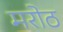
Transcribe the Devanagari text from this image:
मरोठ